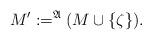
LaTeX: \begin{align*}M':= ^{\mathfrak{A}}(M \cup \{ \zeta \}).\end{align*}